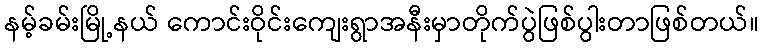
နမ့်ခမ်းမြို့နယ် ကောင်းဝိုင်းကျေးရွာအနီးမှာတိုက်ပွဲဖြစ်ပွါးတာဖြစ်တယ်။